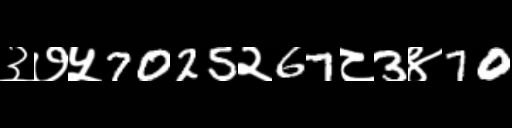
Text: ३७५7025२67८3४70